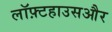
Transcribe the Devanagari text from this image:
लॉफ़्टहाउसऔर